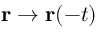
\mathbf { r } \rightarrow \mathbf { r } ( - t )